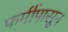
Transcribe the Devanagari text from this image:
फर्मीपासून